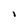
Character: 1